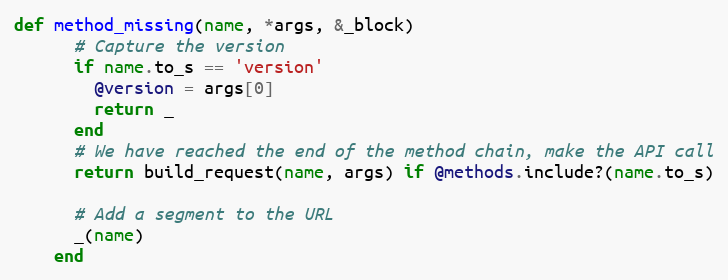
Language: Ruby
def method_missing(name, *args, &_block)
      # Capture the version
      if name.to_s == 'version'
        @version = args[0]
        return _
      end
      # We have reached the end of the method chain, make the API call
      return build_request(name, args) if @methods.include?(name.to_s)

      # Add a segment to the URL
      _(name)
    end